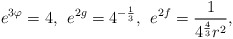
\begin{align*} e^{3\varphi}=4,\:\:e^{2g}=4^{-\frac{1}{3}},\:\:e^{2f}=\frac{1}{4^{\frac{4}{3}}r^2},\end{align*}